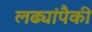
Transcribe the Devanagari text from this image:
लढ्यांपैकी